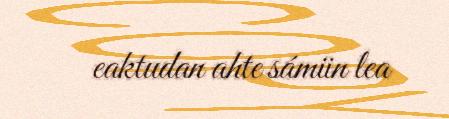
eaktudan ahte sámiin lea